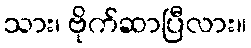
သား၊ ဗိုက်ဆာပြီလား။